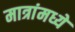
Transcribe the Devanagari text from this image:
मात्रांमध्ये